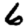
Digit: 6